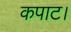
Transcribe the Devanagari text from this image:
कपाट।